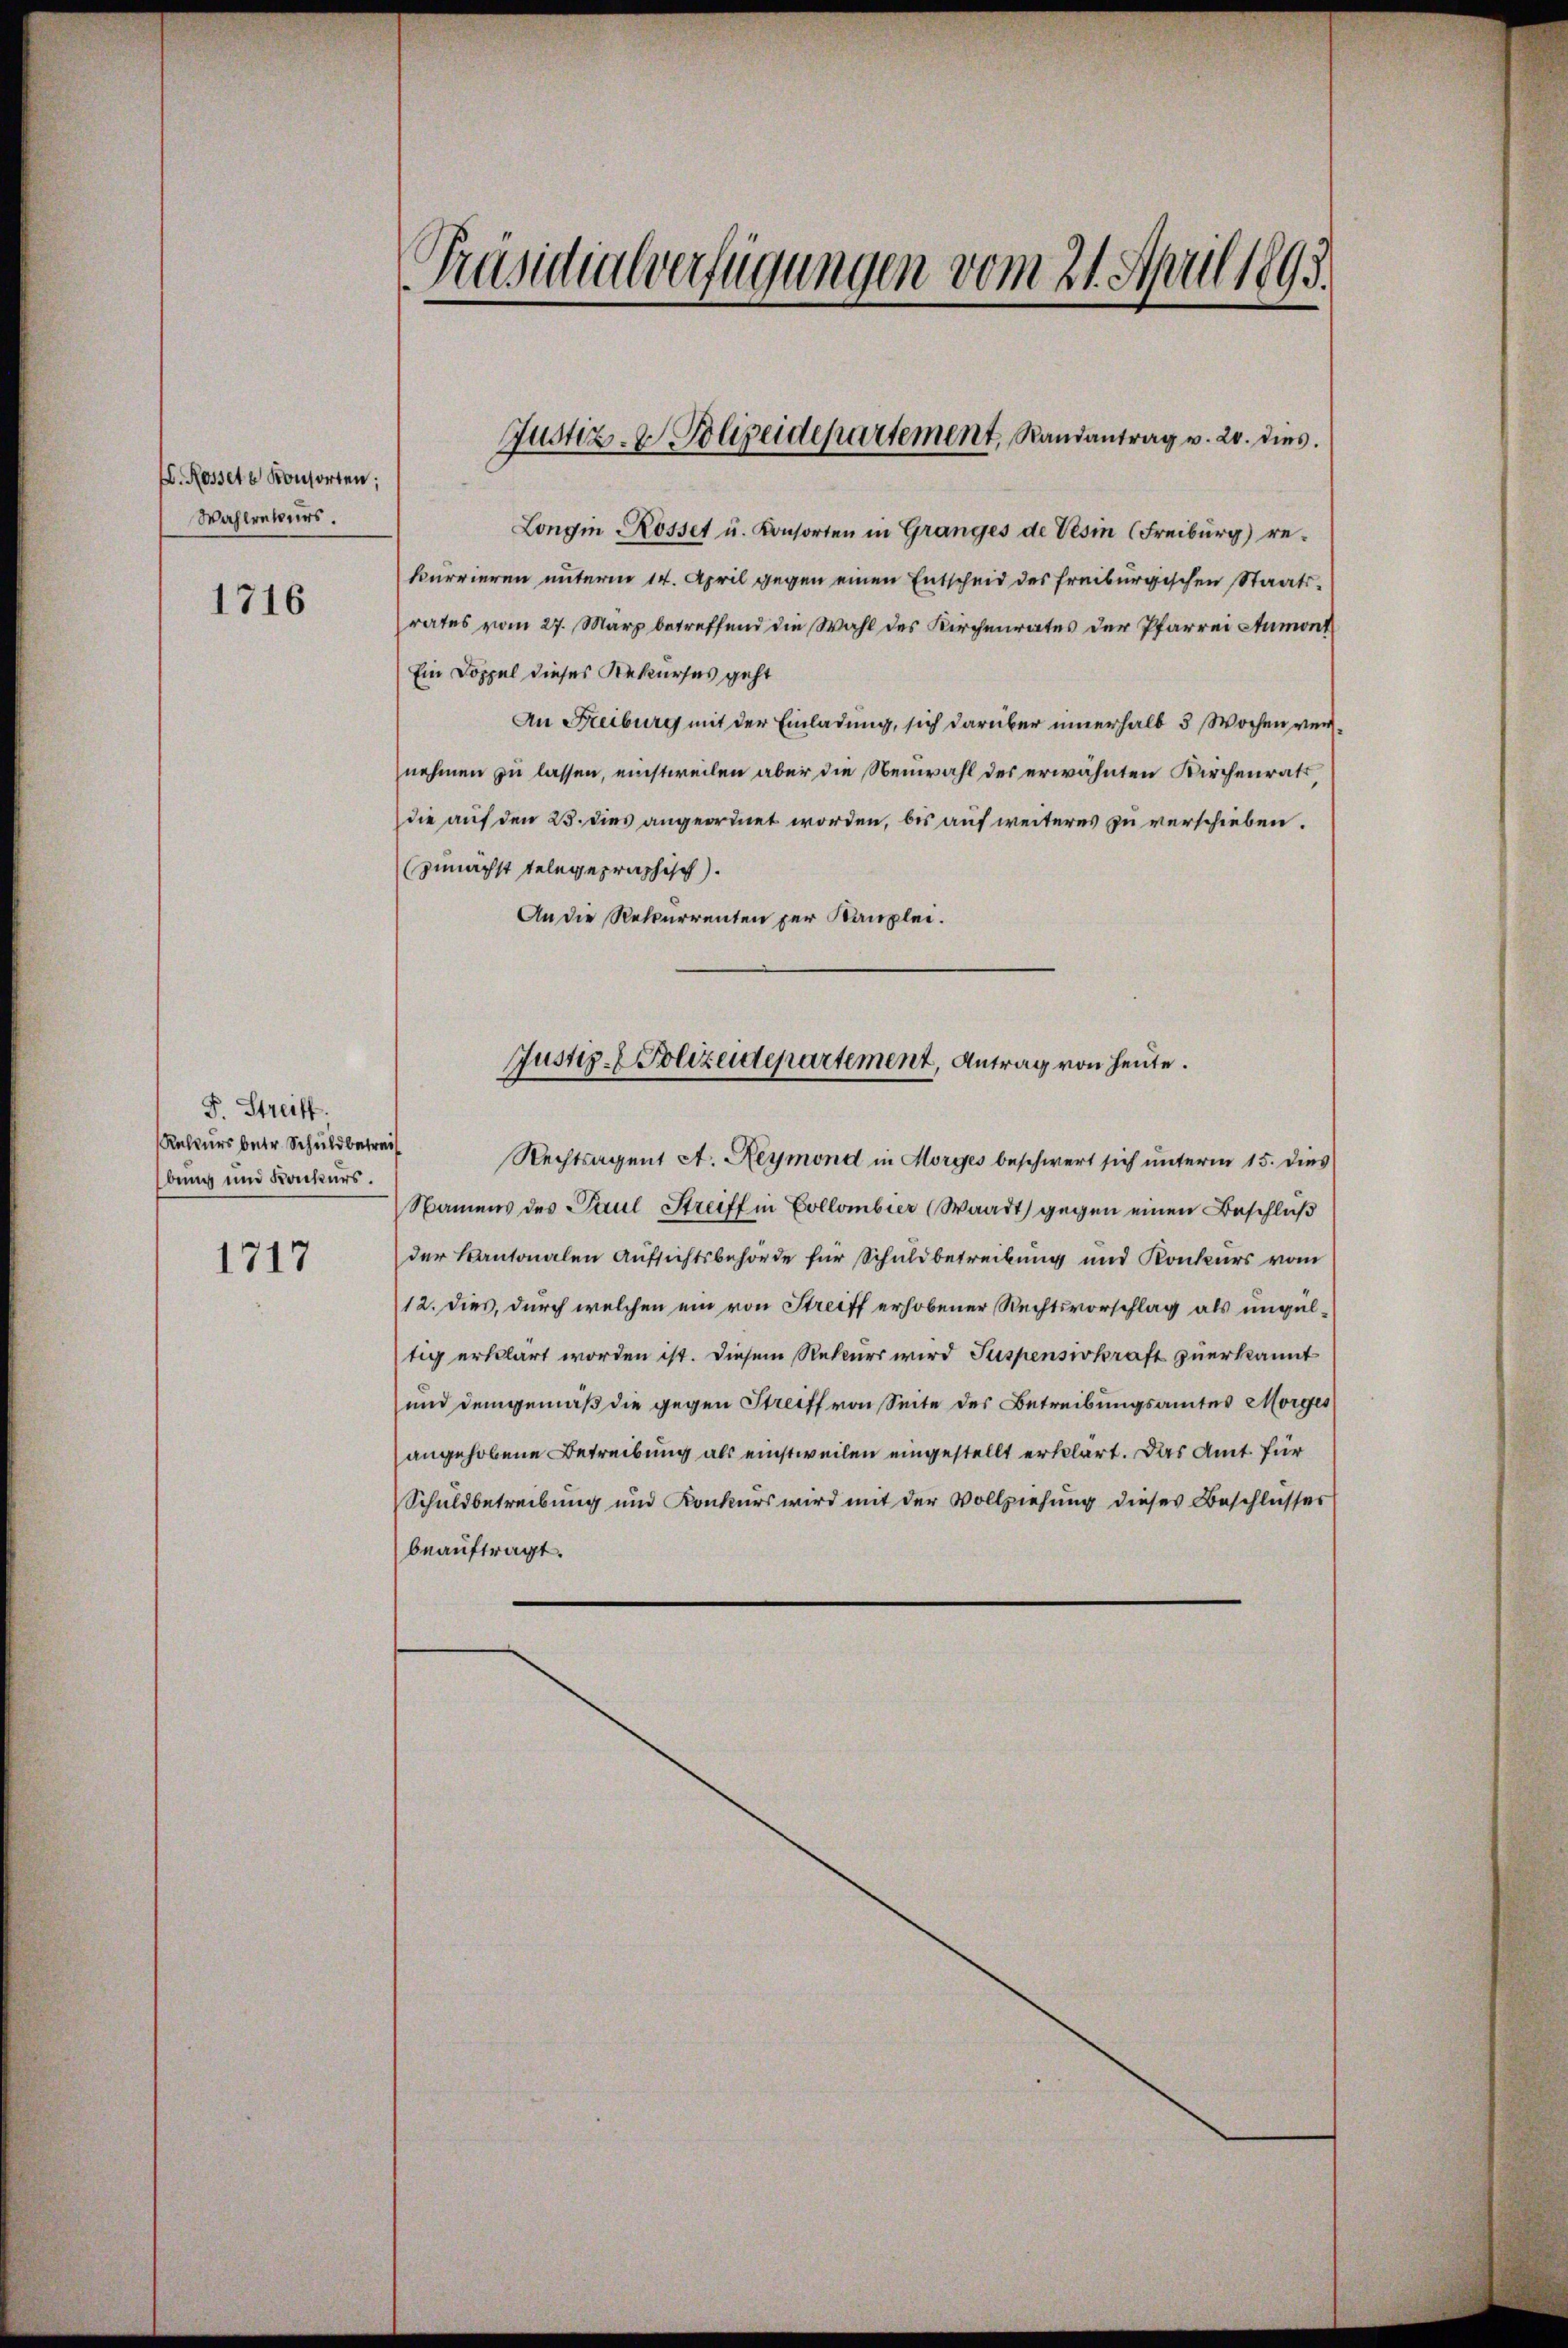
E. Rosset u Konsorten;
Wahlrekurs.

1716

F. Streiff.
Rekurs betr. Schuldbetrei
bung und Konkurs.

1717

Präsidialverfügungen vom 21. April 1892.

Longin Rosset u. Konsorten in Granges de Vesin (Freiburg) re-
kurrieren unterm 14. April gegen einen Entscheid des freiburgischen Staatsrates vom 27. März betreffend die Wahl des Kirchenrates der Pfarrei Aumont
Ein Doppel dieses Rekurses geht
An Freiburg mit der Einladung, sich darüber innerhalb 3 Wochen vernehmen zu lassen, einstweilen aber die Neuwahl des erwähnten Kirchenrats,
die auf den 23. dies angeordnet worden, bis auf weiteres zu verschieben.
zunächst telegepraphisch.
An die Rekurrenten per Kanzlei.

Justiz- & Polizeidepartement, Randantrag v. 20. dies

Justiz- Polizeidepartement, Antrag von heute.

Rechtsagent A. Reymond in Morges beschwert sich unterm 15. dies
Namens des Paul Streiff in Collombier (Waadt gegen einen Beschluß
der Kantonalen Aufsichtsbehörde für Schuldbetreibung und Konkurs vom
12. dies, durch welchen ein von Streiff erhobener Rechtsvorschlag als ungültig erklärt worden ist. Diesem Rekurs wird Suspensirkraft zuerkannt
und demgemäß die gegen Streiff von Seite des Betreibungsamtes Morges
angehobene Betreibung als einstweilen eingestellt erklärt. Das Amt für
Schuldbetreibung und Konkurs wird mit der Vollziehung dieses Beschlüsser
beauftragt.